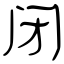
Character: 闭